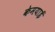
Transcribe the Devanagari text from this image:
केमयाई